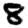
Digit: 8